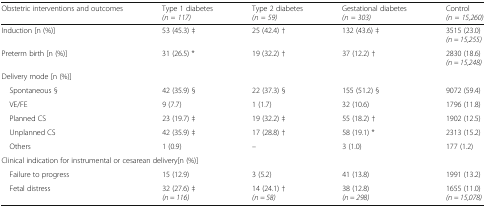
| Obstetric interventions and outcomes | Type 1 diabetes(n = 117) | Type 2 diabetes(n = 59) | Gestational diabetes (n = 303) | Control(n = 15,260) |
 | --- | --- | --- | --- | --- |
 | Induction [n (%)] | 53 (45.3) ‡ | 25 (42.4) † | 132 (43.6) ‡ | 3515 (23.0)(n = 15,255) |
 | Preterm birth [n (%)] | 31 (26.5) * | 19 (32.2) † | 37 (12.2) † | 2830 (18.6)(n = 15,248) |
 | <COLSPAN=5> Delivery mode [n (%)] |
 | Spontaneous § | 42 (35.9) § | 22 (37.3) § | 155 (51.2) § | 9072 (59.4) |
 | VE/FE | 9 (7.7) | 1 (1.7) | 32 (10.6) | 1796 (11.8) |
 | Planned CS | 23 (19.7) ‡ | 19 (32.2) ‡ | 55 (18.2) † | 1902 (12.5) |
 | Unplanned CS | 42 (35.9) ‡ | 17 (28.8) † | 58 (19.1) * | 2313 (15.2) |
 | Others | 1 (0.9) | – | 3 (1.0) | 177 (1.2) |
 | <COLSPAN=5> Clinical indication for instrumental or cesarean delivery[n (%)] |
 | Failure to progress | 15 (12.9) | 3 (5.2) | 41 (13.8) | 1991 (13.2) |
 | Fetal distress | 32 (27.6) ‡(n = 116) | 14 (24.1) †(n = 58) | 38 (12.8)(n = 298) | 1655 (11.0)(n = 15,078) |